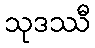
သုဒဿီ